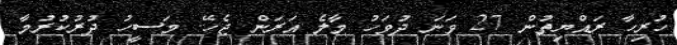
ހުރިހާ ރައްޔިތުން 27 ވަނަ ދުވަހު މާލެ އަރަން ޖެހޭ. މަސީހު ދުރުކުރުމާ